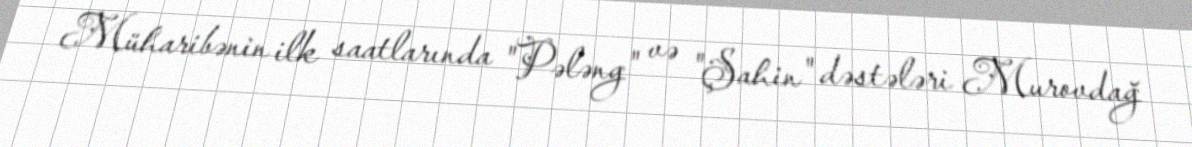
Müharibənin ilk saatlarında "Pələng" və "Şahin" dəstələri Murovdağ